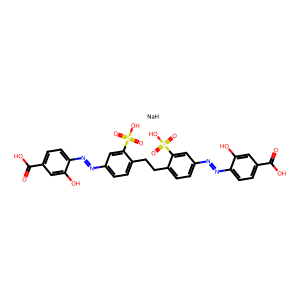
SMILES: O=C(O)c1ccc(N=Nc2ccc(CCc3ccc(N=Nc4ccc(C(=O)O)cc4O)cc3S(=O)(=O)O)c(S(=O)(=O)O)c2)c(O)c1.[NaH]
Inhibits HIV replication: Yes